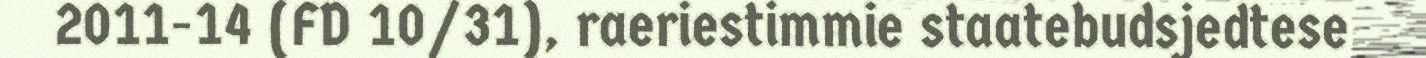
2011-14 (FD 10/31), raeriestimmie staatebudsjedtese